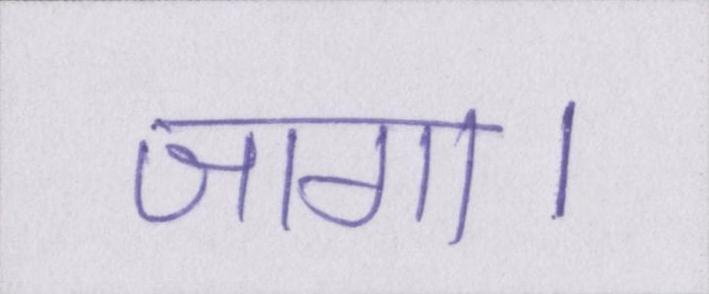
जागा।